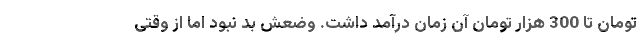
تومان تا 300 هزار تومان آن زمان درآمد داشت. وضعش بد نبود اما از وقتی